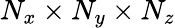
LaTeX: N_{x}\times N_{y}\times N_{z}